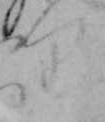
り